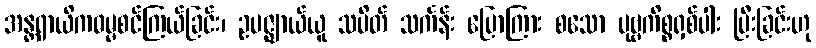
အန္တရာယိကဓမ္မစင်ကြယ်ခြင်း၊ ဥပဇ္ဈာယ်ယူ သပိတ် သင်္ကန်း ပြောကြား စသော ပုဗ္ဗကိစ္စရှစ်ပါး ပြီးခြင်းဟု